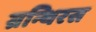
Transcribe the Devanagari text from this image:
ग्रन्थिरस